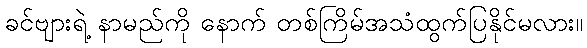
ခင်ဗျားရဲ့ နာမည်ကို နောက် တစ်ကြိမ်အသံထွက်ပြနိုင်မလား။